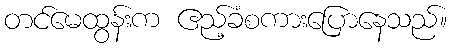
တင်မေထွန်းက ဧည့်ခံစကားပြောနေသည်။